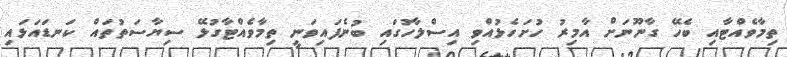
ތިމާވެއްޓާއި ބެހޭ ގާނޫނަށް އާމިރު ހުށަހެޅުއްވި އިސްލާހުގައި ބުނެފައިވަނީ ތިމާވެއްޓާގުޅޭ ސިޔާސަތުތައް ކަނޑައަޅައި